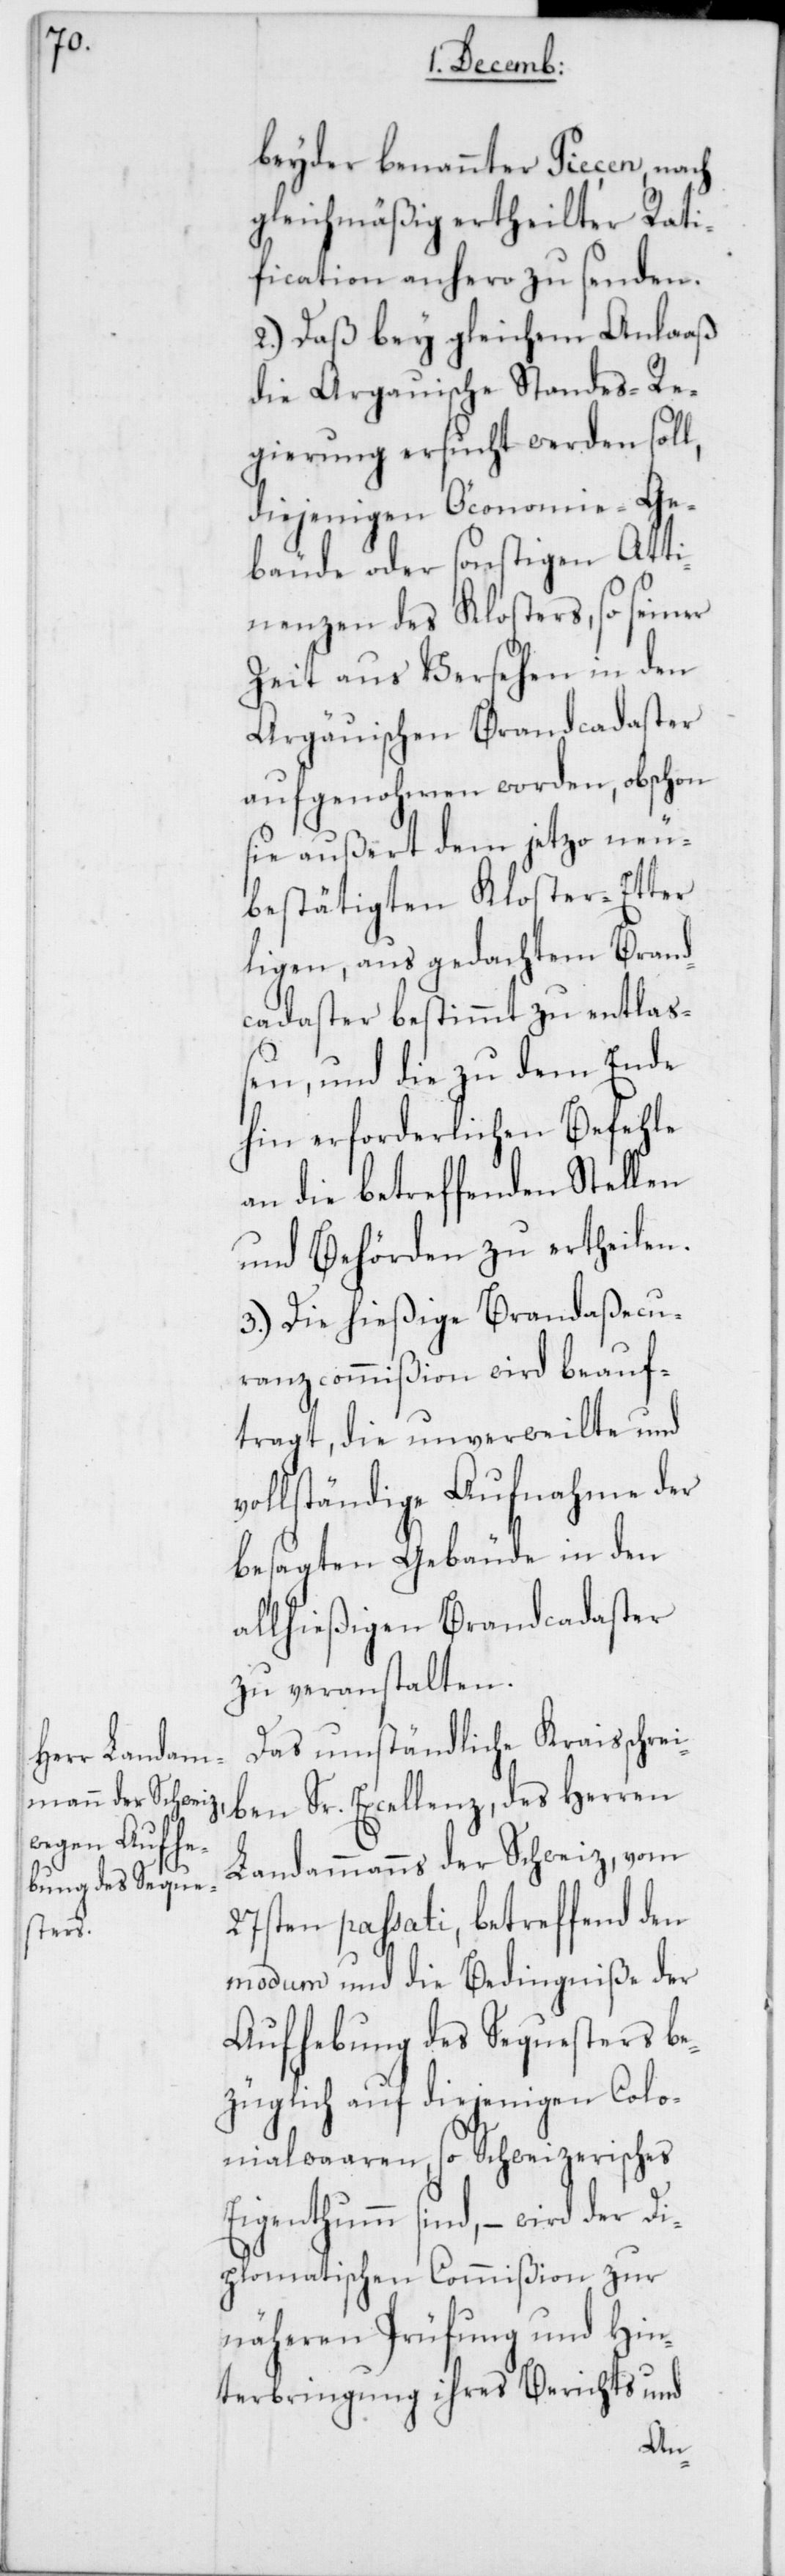
beyder benannter Piecen, nach
gleichmäßig ertheilter Rati¬
fication anhero zu senden.
2.) Daß bey gleichem Anlaß
die Aargauische Standes-Re¬
gierung ersucht werden soll,
diejenigen Öconomie-Ge¬
bäude oder sonstigen Atti¬
nenzen des Klosters, so seiner
Zeit aus Versehen in den
Aargäuischen Brandcadaster
aufgenohmen worden, obschon
sie außert dem jetzo neu
bestätigten Kloster-Etter
liegen, aus gedachtem Brand¬
cadaster bestimmt zu entlaß¬
en, und die zu dem Ende
hin erforderlichen Befehle
an die betreffenden Stellen
und Behörden zu ertheilen.
3.) Die hießige Brandaßecu¬
ranzcommißion wird beauf¬
tragt, die unverweilte und
vollständige Aufnahme der
besagten Gebäude in den
allhießigen Brandcadaster
zu veranstalten.
Das umständliche Kraisschre¬
iben Sr. Excellenz, des Herren
Landammanns der Schweiz, vom
27sten passati, betreffend den
modum und die Bedingniße der
Aufhebung des Sequesters be¬
züglich auf diejenigen Colo¬
nialwaaren, so schweizerisches
Eigenthum sind, – wird der D¬
iplomatischen Commißion zur
näheren Prüfung und Hin¬
terbringung ihres Berichts und